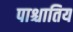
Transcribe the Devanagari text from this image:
पाश्चातिय